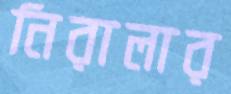
নিরালার